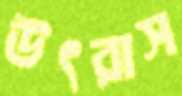
উৎরাস